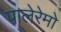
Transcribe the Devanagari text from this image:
पालेरेमो